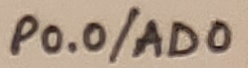
Text: P0.0/AD0